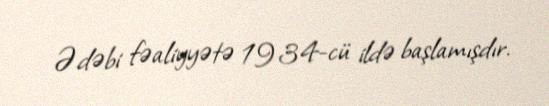
Ədəbi fəaliyyətə 1934-cü ildə başlamışdır.